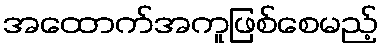
အထောက်အကူဖြစ်စေမည့်